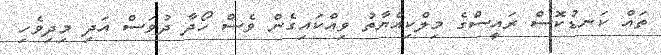
ތައް ކަނޑުކޮސް ރައީސްގެ މިލްކިއްޔާތު ވިއްކައިގެން ވެސް ހޯދާ ދުވަސް އަދި މިދިވެހި